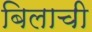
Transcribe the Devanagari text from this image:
बिलाची